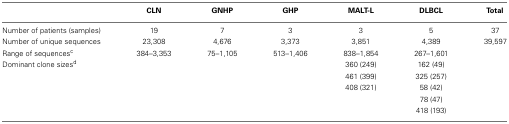
|  | CLN | GNHP | GHP | MALT-L | DLBCL | Total |
 | --- | --- | --- | --- | --- | --- | --- |
 | Number of patients (samples) | 19 | 7 | 3 | 3 | 5 | 37 |
 | Number of unique sequences | 23,308 | 4,676 | 3,373 | 3,851 | 4,389 | 39,597 |
 | Range of sequencesc | 384–3,353 | 75–1,105 | 513–1,406 | 838–1,854 | 267–1,601 |  |
 | Dominant clone sizesd |  |  |  | 360 (249) | 162 (49) |  |
 |  |  |  |  | 461 (399) | 325 (257) |  |
 |  |  |  |  | 408 (321) | 58 (42) |  |
 |  |  |  |  |  | 78 (47) |  |
 |  |  |  |  |  | 418 (193) |  |